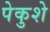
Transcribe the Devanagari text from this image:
पेकुशे